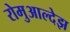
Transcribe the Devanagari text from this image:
रोमुआल्देझ